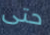
حتى